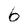
Character: 6